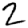
Digit: 2